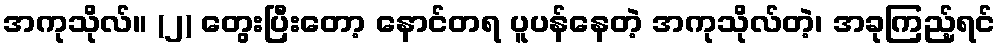
အကုသိုလ်။ (၂) တွေးပြီးတော့ နောင်တရ ပူပန်နေတဲ့ အကုသိုလ်တဲ့၊ အခုကြည့်ရင်